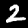
Digit: 2